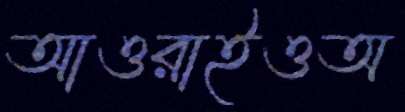
আওরাইওঅ